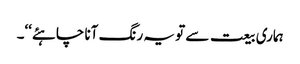
ہماری بیعت سے تو یہ رنگ آنا چاہئے‘‘۔